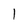
Character: 1